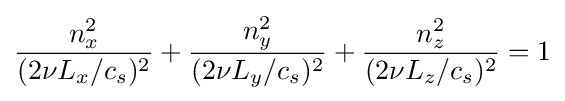
{\frac {n_{x}^{2}}{(2\nu L_{x}/c_{s})^{2}}}+{\frac {n_{y}^{2}}{(2\nu L_{y}/c_{s})^{2}}}+{\frac {n_{z}^{2}}{(2\nu L_{z}/c_{s})^{2}}}=1